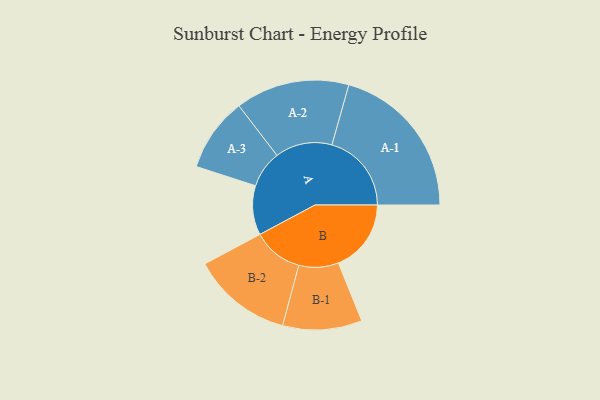
{"axis": {"x": "Segment", "y": "Value"}, "legend": ["", "A", "B"], "data": [{"x": "A", "y": 168, "type": ""}, {"x": "B", "y": 248, "type": ""}, {"x": "A-1", "y": 271, "type": "A"}, {"x": "A-2", "y": 194, "type": "A"}, {"x": "A-3", "y": 126, "type": "A"}, {"x": "B-1", "y": 135, "type": "B"}, {"x": "B-2", "y": 171, "type": "B"}]}